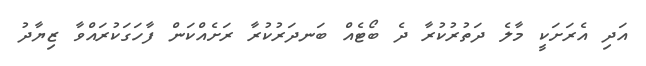
އަދި އެރަށަކީ މާލެ ދަތުރުކުރާ ދެ ބޯޓެއް ބަނދަރުކުރާ ރަށެއްކަން ފާހަގަކުރައްވާ ޒިޔާދު